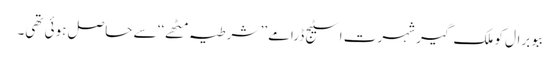
ببو برال کو ملک گیر شہرت اسٹیج ڈرامے ’’ شرطیہ مٹھے‘‘ سے حاصل ہوئی تھی۔